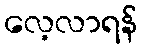
လေ့လာရန်